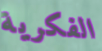
الفكرية